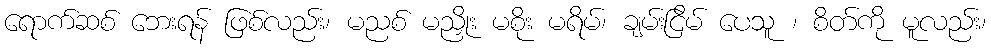
ရောက်ဆစ် ဘေးရန် ဖြစ်လည်း၊ မညစ် မညှိုး မစိုး မရိမ်၊ ချမ်းငြိမ် ပေသူ ၊ စိတ်ကို မူလည်း၊